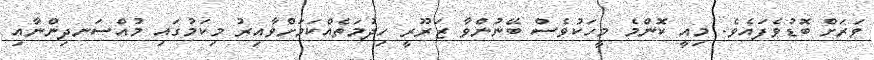
ވަރަށް ބޮޑުވެފައެވެ. މިއީ ކޮންމެ މީހަކުވެސް ބޭނުންވާ ޒަރޫރީ ހިދުމަތެއްކަމަށްވާއިރު މިކަމުގައި މުއްސަނދިންނާއި